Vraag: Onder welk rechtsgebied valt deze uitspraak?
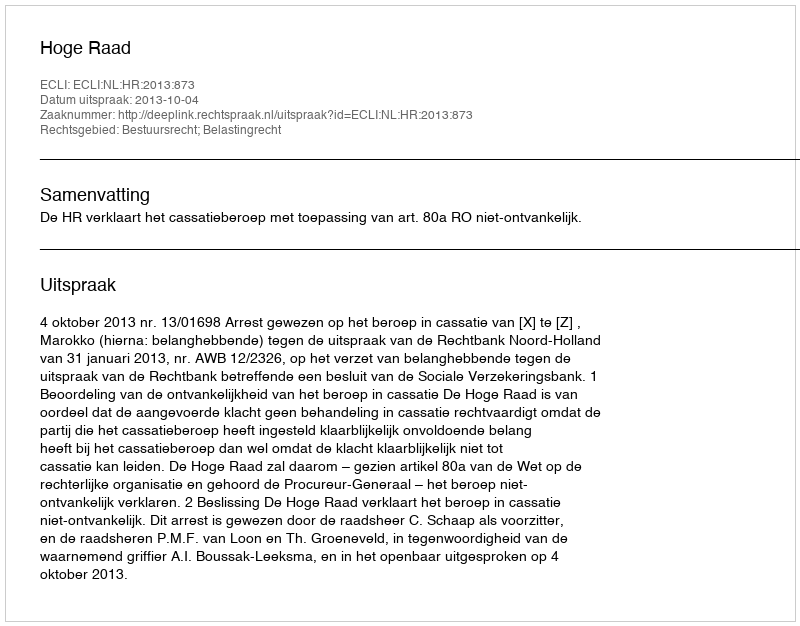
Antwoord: Bestuursrecht; Belastingrecht